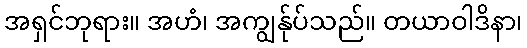
အရှင်ဘုရား။ အဟံ၊ အကျွန်ုပ်သည်။ တယာဝါဒိနာ၊